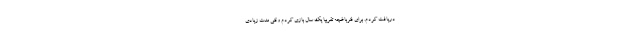
دریافت کردم. برای فنرباغچه تقریبا یک سال بازی کردم وقتی مدت زیادی